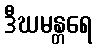
ဒီဃမန္တရေ